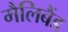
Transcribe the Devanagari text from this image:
मैलिबैंड